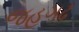
જહગઢ